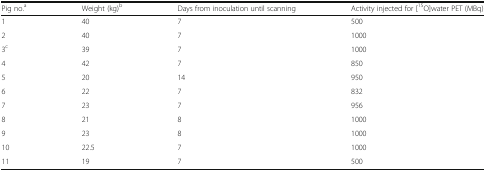
<table><thead><tr><td><b>Pig no.<sup>a</sup></b></td><td><b>Weight (kg)<sup>b</sup></b></td><td><b>Days from inoculation until scanning</b></td><td><b>Activity injected for [<sup>15</sup>O]water PET (MBq)</b></td></tr></thead><tbody><tr><td>1</td><td>40</td><td>7</td><td>500</td></tr><tr><td>2</td><td>40</td><td>7</td><td>1000</td></tr><tr><td>3<sup>c</sup></td><td>39</td><td>7</td><td>1000</td></tr><tr><td>4</td><td>42</td><td>7</td><td>850</td></tr><tr><td>5</td><td>20</td><td>14</td><td>950</td></tr><tr><td>6</td><td>22</td><td>7</td><td>832</td></tr><tr><td>7</td><td>23</td><td>7</td><td>956</td></tr><tr><td>8</td><td>21</td><td>8</td><td>1000</td></tr><tr><td>9</td><td>23</td><td>8</td><td>1000</td></tr><tr><td>10</td><td>22.5</td><td>7</td><td>1000</td></tr><tr><td>11</td><td>19</td><td>7</td><td>500</td></tr></tbody></table>